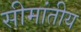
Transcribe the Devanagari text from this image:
सीमांतीय